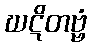
ဃဋိတဗ္ဗံ